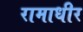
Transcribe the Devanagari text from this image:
रामाधीर